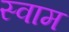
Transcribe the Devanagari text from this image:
स्वाम